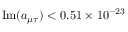
\mathrm { I m } ( a _ { \mu \tau } ) < 0 . 5 1 \times 1 0 ^ { - 2 3 }